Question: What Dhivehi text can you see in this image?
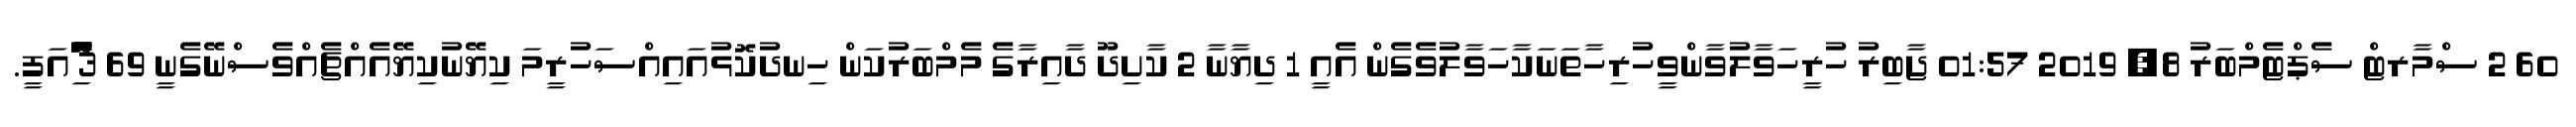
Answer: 60 2 ސްމާރޓް ސެޕްޓެމްބަރު 8, 2019 01:57 ޖާބިރު ހުރީހަވާލުވާންވީހުރިހާތަނަކާހަވާލުވެގެން އެއީ 1 ދިޔާނާ 2 ކާށިދޫ ދާއިރާގެ މެމްބަރުކަން ހިނދުކޮޅުއައިއްސަހުރީމަ ކިޔޭނުކިޔޭއެއްޗެއްވެސްނޭގެނީ 69 3 ާަަަަަެެެޮޮިުއަފީ.